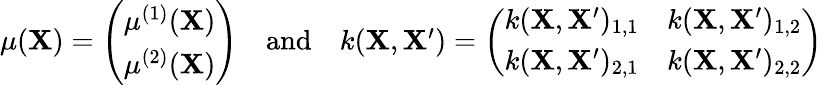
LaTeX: \begin{array}{r}{\mu(\mathbf{X})=\left(\begin{array}{l}{\mu^{(1)}(\mathbf{X})}\\ {\mu^{(2)}(\mathbf{X})}\end{array}\right)\quad\mathrm{and}\quad k(\mathbf{X},\mathbf{X^{\prime}})=\left(\begin{array}{ll}{k(\mathbf{X},\mathbf{X^{\prime}})_{1,1}}&{k(\mathbf{X},\mathbf{X^{\prime}})_{1,2}}\\ {k(\mathbf{X},\mathbf{X^{\prime}})_{2,1}}&{k(\mathbf{X},\mathbf{X^{\prime}})_{2,2}}\end{array}\right)}\end{array}